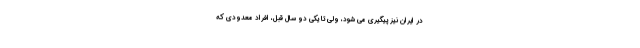
در ایران نیز پیگیری می شود، ولی تا یکی دو سال قبل، افراد معدودی که